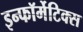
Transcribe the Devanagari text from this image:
इन्फॉर्मेटिक्स